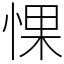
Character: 惈